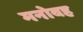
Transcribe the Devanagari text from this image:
मनोवह